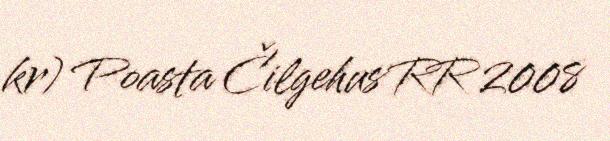
kr) Poasta Čilgehus RR 2008